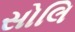
સોલિ